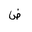
Letter: _dad